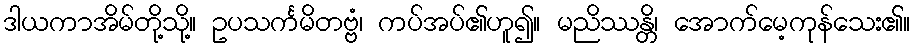
ဒါယကာအိမ်တို့သို့။ ဥပသင်္ကမိတဗ္ဗံ၊ ကပ်အပ်၏ဟူ၍။ မညိဿန္တိ၊ အောက်မေ့ကုန်သေး၏။